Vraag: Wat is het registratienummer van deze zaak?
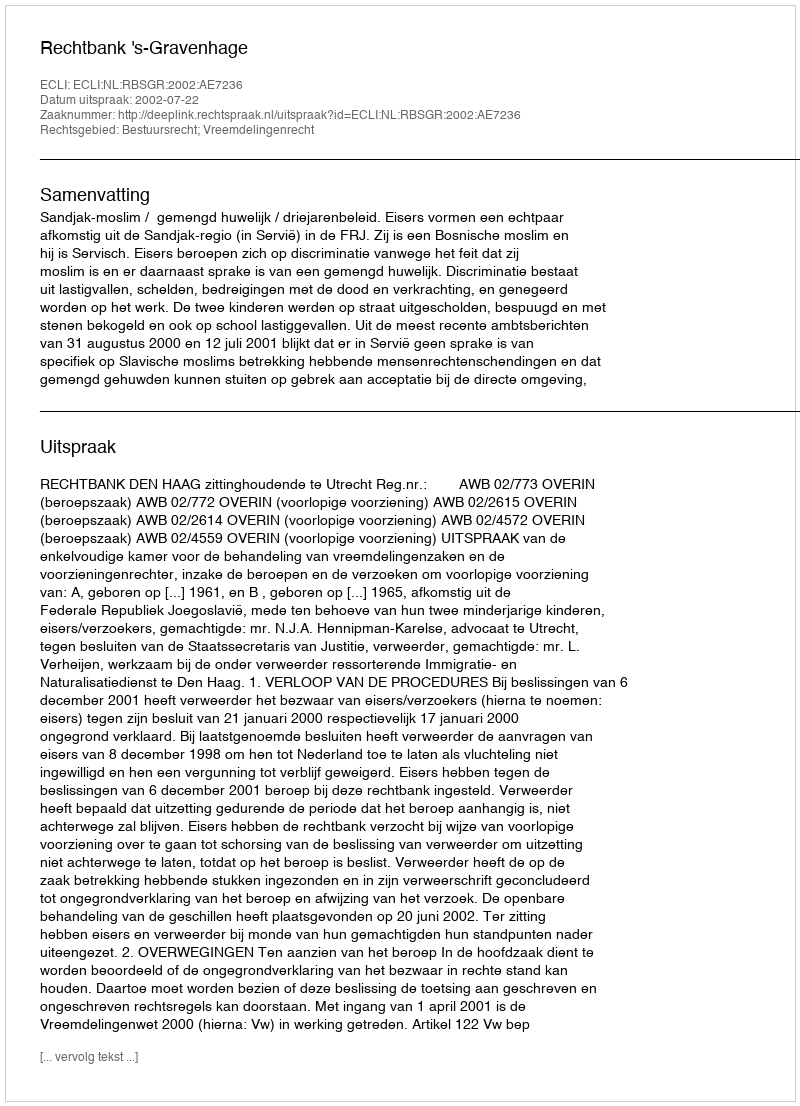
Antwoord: http://deeplink.rechtspraak.nl/uitspraak?id=ECLI:NL:RBSGR:2002:AE7236